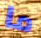
ما